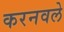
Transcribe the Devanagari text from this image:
करनवले